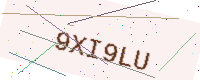
Text: 9XI9LU